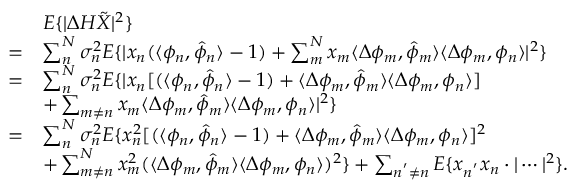
\begin{array} { r l } & { E \{ | \Delta H \tilde { X } | ^ { 2 } \} } \\ { = } & { \sum _ { n } ^ { N } \sigma _ { n } ^ { 2 } E \{ | x _ { n } ( \langle \phi _ { n } , \hat { \phi } _ { n } \rangle - 1 ) + \sum _ { m } ^ { N } x _ { m } \langle \Delta \phi _ { m } , \hat { \phi } _ { m } \rangle \langle \Delta \phi _ { m } , \phi _ { n } \rangle | ^ { 2 } \} } \\ { = } & { \sum _ { n } ^ { N } \sigma _ { n } ^ { 2 } E \{ | x _ { n } [ ( \langle \phi _ { n } , \hat { \phi } _ { n } \rangle - 1 ) + \langle \Delta \phi _ { m } , \hat { \phi } _ { m } \rangle \langle \Delta \phi _ { m } , \phi _ { n } \rangle ] } \\ & { + \sum _ { m \neq n } x _ { m } \langle \Delta \phi _ { m } , \hat { \phi } _ { m } \rangle \langle \Delta \phi _ { m } , \phi _ { n } \rangle | ^ { 2 } \} } \\ { = } & { \sum _ { n } ^ { N } \sigma _ { n } ^ { 2 } E \{ x _ { n } ^ { 2 } [ ( \langle \phi _ { n } , \hat { \phi } _ { n } \rangle - 1 ) + \langle \Delta \phi _ { m } , \hat { \phi } _ { m } \rangle \langle \Delta \phi _ { m } , \phi _ { n } \rangle ] ^ { 2 } } \\ & { + \sum _ { m \neq n } ^ { N } x _ { m } ^ { 2 } ( \langle \Delta \phi _ { m } , \hat { \phi } _ { m } \rangle \langle \Delta \phi _ { m } , \phi _ { n } \rangle ) ^ { 2 } \} + \sum _ { n ^ { ' } \neq n } E \{ x _ { n ^ { ' } } x _ { n } \cdot | \cdots | ^ { 2 } \} . } \end{array}